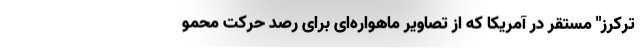
ترکرز" مستقر در آمریكا كه از تصاویر ماهواره‌ای برای رصد حرکت محمو